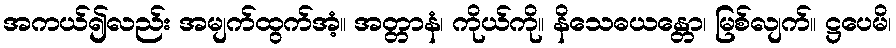
အကယ်၍လည်း အမျက်ထွက်အံ့။ အတ္တာနံ၊ ကိုယ်ကို။ နိသေဓယန္တော၊ မြစ်လျက်။ ဋ္ဌပေမိ၊